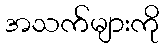
အသက်များကို